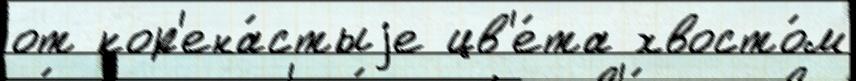
от кор'ена́стыjе цв'е́та хвосто́м